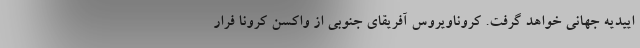
اییدیه جهانی خواهد گرفت. کروناویروس آفریقای جنوبی از واکسن کرونا فرار